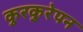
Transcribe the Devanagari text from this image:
कुरकुरेपन